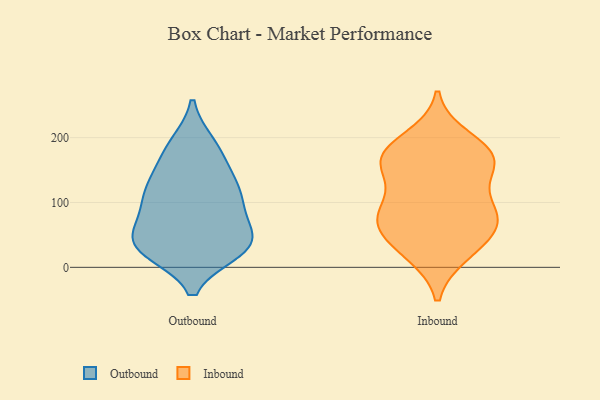
{"axis": {"x": "Budget (USD K)", "y": "Value"}, "legend": ["Inbound", "Outbound"], "data": [{"x": "", "y": 35, "type": "Outbound"}, {"x": "", "y": 135, "type": "Outbound"}, {"x": "", "y": 189, "type": "Outbound"}, {"x": "", "y": 26, "type": "Outbound"}, {"x": "", "y": 88, "type": "Outbound"}, {"x": "", "y": 121, "type": "Outbound"}, {"x": "", "y": 39, "type": "Outbound"}, {"x": "", "y": 94, "type": "Outbound"}, {"x": "", "y": 118, "type": "Outbound"}, {"x": "", "y": 29, "type": "Outbound"}, {"x": "", "y": 34, "type": "Outbound"}, {"x": "", "y": 32, "type": "Outbound"}, {"x": "", "y": 186, "type": "Outbound"}, {"x": "", "y": 72, "type": "Outbound"}, {"x": "", "y": 43, "type": "Outbound"}, {"x": "", "y": 118, "type": "Outbound"}, {"x": "", "y": 168, "type": "Outbound"}, {"x": "", "y": 178, "type": "Inbound"}, {"x": "", "y": 160, "type": "Inbound"}, {"x": "", "y": 199, "type": "Inbound"}, {"x": "", "y": 82, "type": "Inbound"}, {"x": "", "y": 150, "type": "Inbound"}, {"x": "", "y": 80, "type": "Inbound"}, {"x": "", "y": 59, "type": "Inbound"}, {"x": "", "y": 168, "type": "Inbound"}, {"x": "", "y": 159, "type": "Inbound"}, {"x": "", "y": 175, "type": "Inbound"}, {"x": "", "y": 21, "type": "Inbound"}, {"x": "", "y": 47, "type": "Inbound"}, {"x": "", "y": 103, "type": "Inbound"}, {"x": "", "y": 73, "type": "Inbound"}, {"x": "", "y": 83, "type": "Inbound"}, {"x": "", "y": 23, "type": "Inbound"}]}